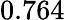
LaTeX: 0.764